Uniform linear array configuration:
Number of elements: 4
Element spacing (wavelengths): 0.5
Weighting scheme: hamming
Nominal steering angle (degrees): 45
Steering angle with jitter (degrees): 46.672
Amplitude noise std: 0.05
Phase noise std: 0.05

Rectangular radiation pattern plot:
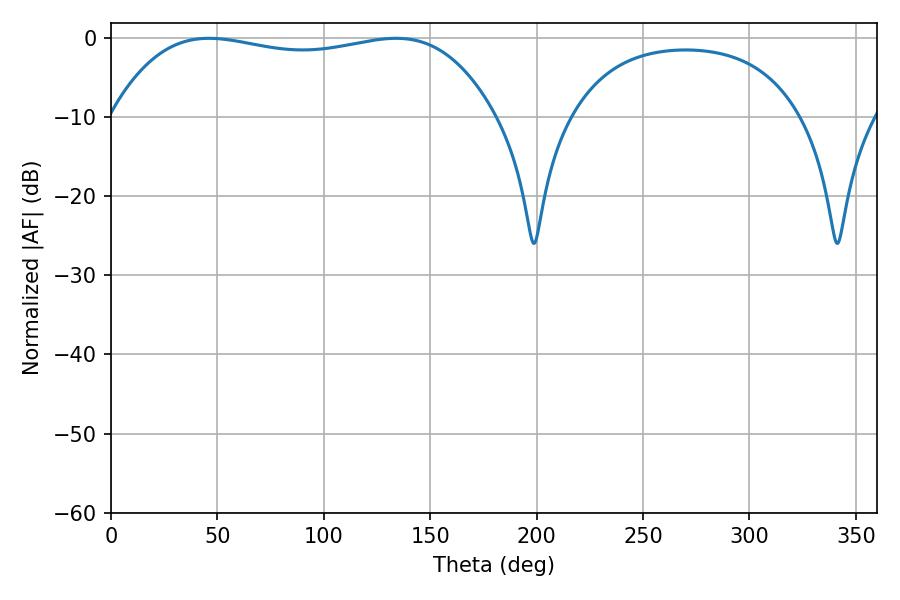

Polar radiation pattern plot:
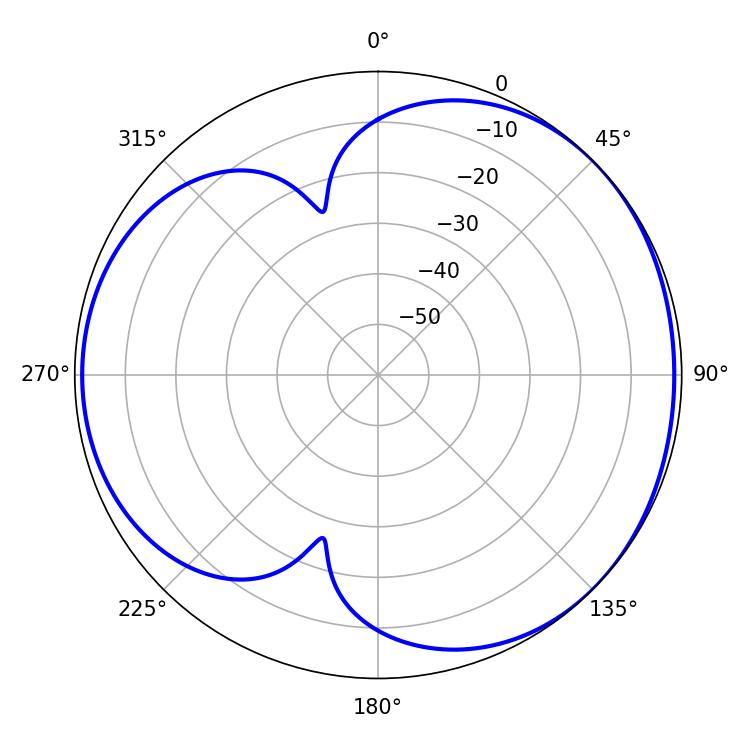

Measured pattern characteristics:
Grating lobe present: FALSE
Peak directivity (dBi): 3.928
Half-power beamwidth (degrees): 143.64
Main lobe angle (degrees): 46.08